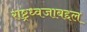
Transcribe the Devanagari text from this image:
राष्ट्रध्वजाबद्दल